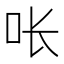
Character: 𭇉